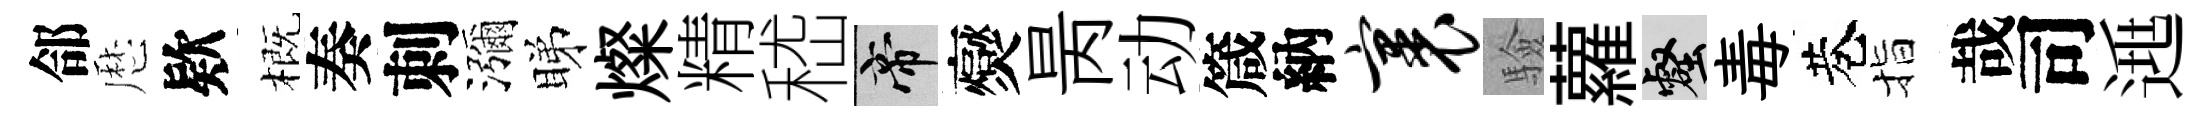
郃厯欵概奏刺瀰睇燦精嵇帝爕昺动箴納裹驗蘿壑毒巷指哉司𨓱